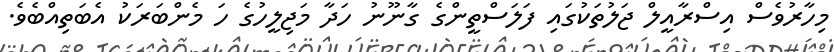
މިހާރުވެސް އިސްރާއީލް ޖަލުތަކުގައި ފަލަސްތީންގެ ގާނޫނު ހަދާ މަޖިލީހުގެ ހަ މެންބަރަކު އެބަތިއްބެވެ.